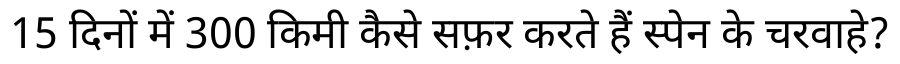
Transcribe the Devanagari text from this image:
15 दिनों में 300 किमी कैसे सफ़र करते हैं स्पेन के चरवाहे?